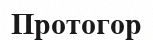
Протогор